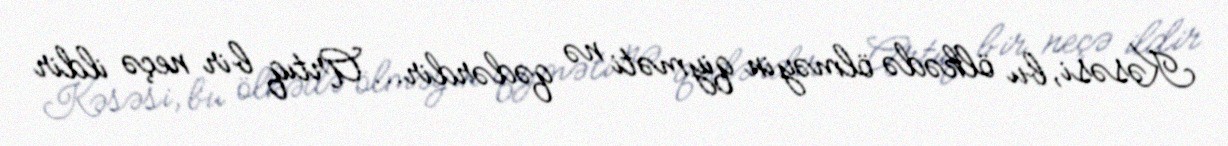
Kəsəsi, bu ölkədə ölməyin qiyməti nə qədərdir... Artıq bir neçə ildir